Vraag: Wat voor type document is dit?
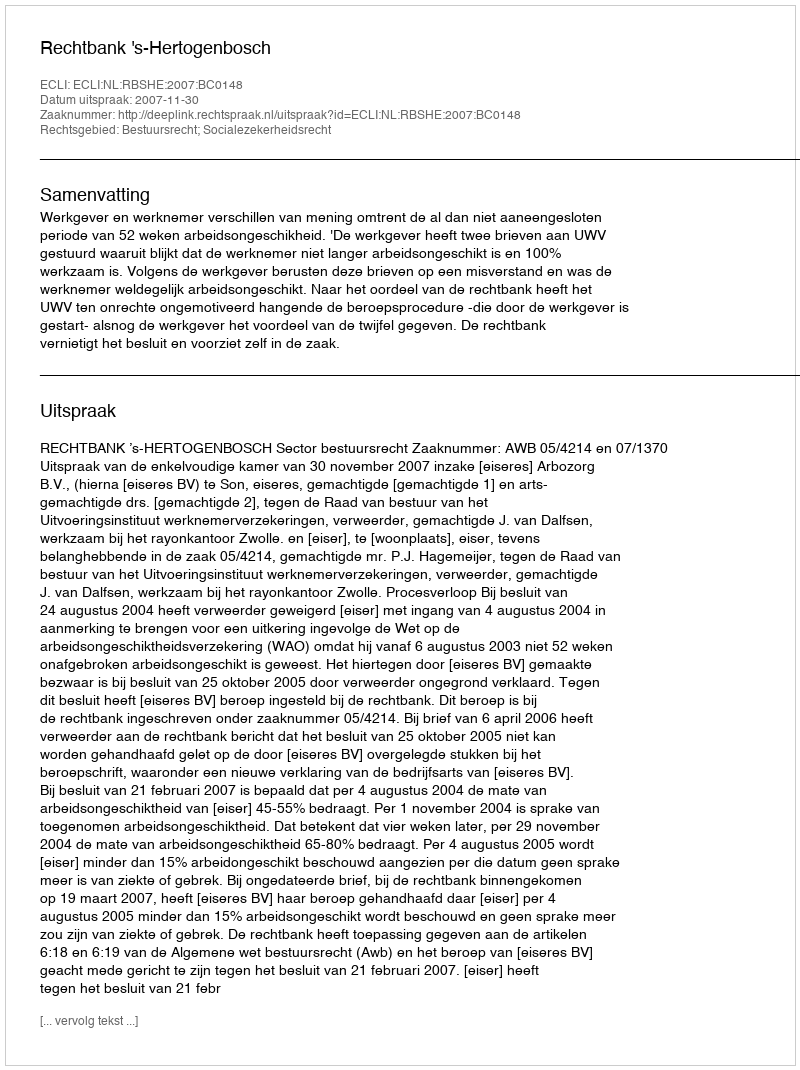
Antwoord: Uitspraak